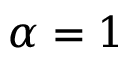
\alpha = 1